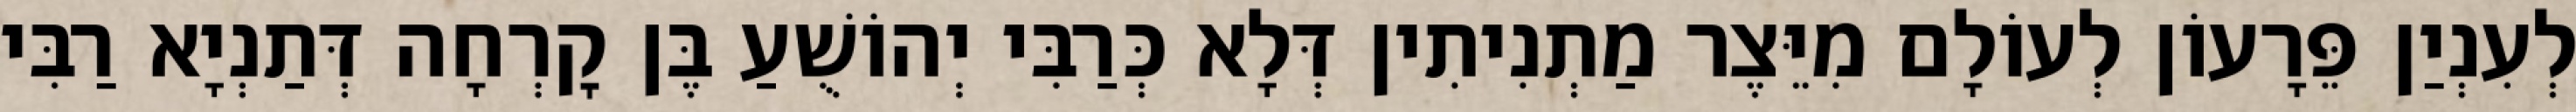
לְעִנְיַן פֵּרָעוֹן לְעוֹלָם מִיֵּצֶר מַתְנִיתִין דְּלָא כְּרַבִּי יְהוֹשֻׁעַ בֶּן קׇרְחָה דְּתַנְיָא רַבִּי